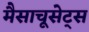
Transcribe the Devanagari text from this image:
मैसाचूसेट्स